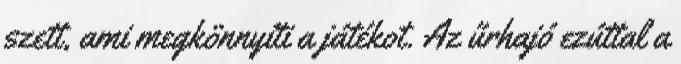
szett, ami megkönnyíti a játékot. Az űrhajó ezúttal a